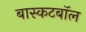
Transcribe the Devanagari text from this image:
बास्कटबॉल